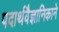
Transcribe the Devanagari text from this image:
पदार्थवैज्ञानिकाने